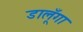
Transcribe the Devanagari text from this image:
डालूँगा